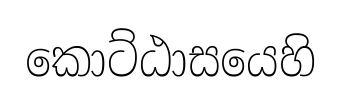
කොට්ඨාසයෙහි